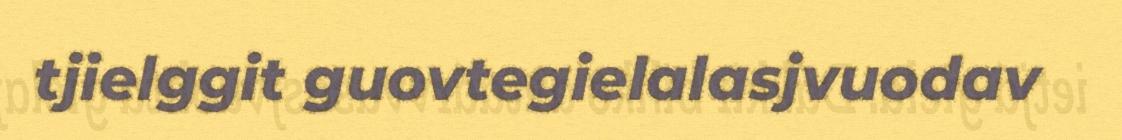
tjielggit guovtegielalasjvuodav